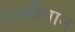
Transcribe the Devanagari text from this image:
पार्लीमान